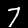
Digit: 7